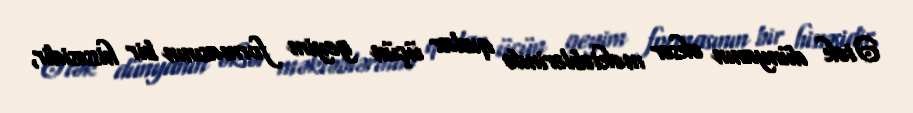
Ətək dünyanın əksər məktəblərində qızlar üçün geyim formasının bir hissəsidir,